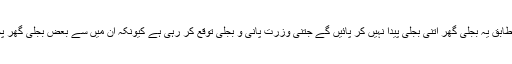
شوکت ترین کی کمیٹی نے ان معاہدوں پر سرسری نظر ڈالنے کے بعد جو اعتراضات کیے ان کے مطابق یہ بجلی گھر اتنی بجلی پیدا نہیں کر پائیں گے جتنی وزرت پانی و بجلی توقع کر رہی ہے کیونکہ ان میں سے بعض بجلی گھر پچیس سال تک پرانے ہیں جو اپنی کل صلاحیت کا صرف پینتیس فیصد تک ہی پیداوار دے سکتے ہیں۔